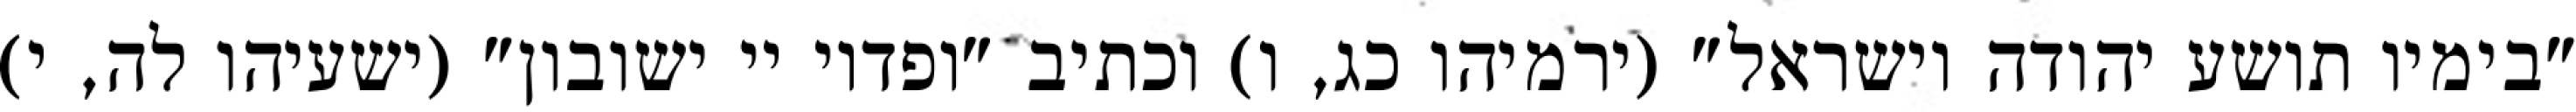
"בימיו תושע יהודה וישראל" (ירמיהו כג, ו) וכתיב "ופדוי יי ישובון" (ישעיהו לה, י)